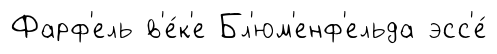
Фарф'ель в'е́к'е Бл'юм'енф'ельда эсс'е́